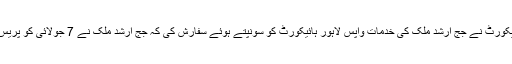
جس میں اسلام آباد ہائیکورٹ نے جج ارشد ملک کی خدمات واپس لاہور ہائیکورٹ کو سونپتے ہوئے سفارش کی کہ جج ارشد ملک نے 7 جولائی کو پریس ریلیز جاری کی تھی۔